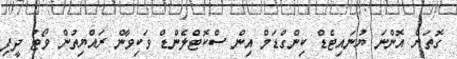
ގޮތަށް އޮންނަ ޔުނައިޓެޑް ކިންގްޑަމް އިން ސްކޮޓްލެންޑް ވަކިވާން ރައްޔިތުން ވޯޓު ދީފި